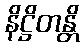
နိဋ္ဌိတန္တိ